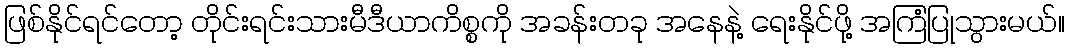
ဖြစ်နိုင်ရင်တော့ တိုင်းရင်းသားမီဒီယာကိစ္စကို အခန်းတခု အနေနဲ့ ရေးနိုင်ဖို့ အကြံပြုသွားမယ်။